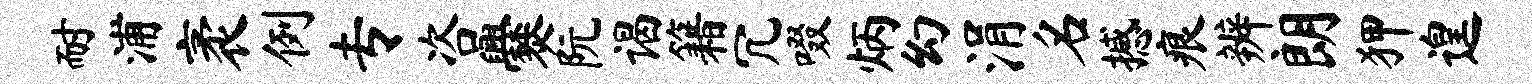
耐浦袤例专咨爨阮谒籍冗啜炳幻涓名撼痕辨朗狎遑